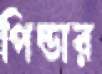
পিন্ডার